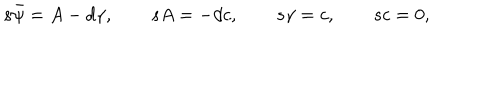
s { \bar { \psi } } = A - d { \gamma } , \quad \quad s A = - d c , \quad \quad s \gamma = c , \quad \quad s c = 0 ,